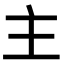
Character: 主